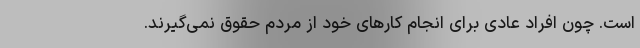
است. چون افراد عادی برای انجام کارهای خود از مردم حقوق نمی‌گیرند.